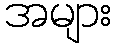
အများ